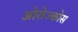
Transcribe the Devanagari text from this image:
ओरोज्कोस